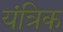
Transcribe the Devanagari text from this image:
यंत्रिक